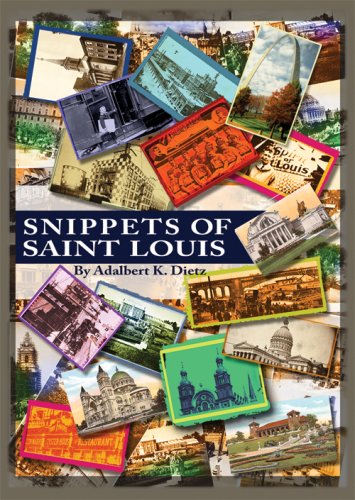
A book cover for Snippets of St. Louis; Adalbert K. Dietz; Travel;